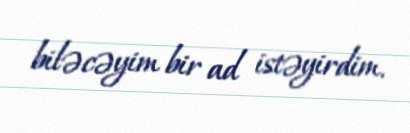
biləcəyim bir ad istəyirdim.